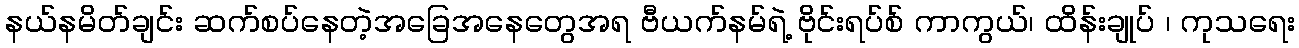
နယ်နမိတ်ချင်း ဆက်စပ်နေတဲ့အခြေအနေတွေအရ ဗီယက်နမ်ရဲ့ ဗိုင်းရပ်စ် ကာကွယ်၊ ထိန်းချုပ် ၊ ကုသရေး